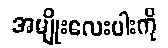
အမျိုးလေးပါးကို